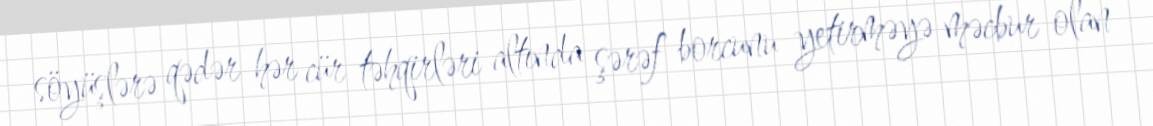
söyüşlərə qədər hər cür təhqirləri altında şərəf borcunu yetirməyə məcbur olan